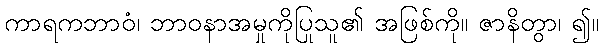
ကာရကဘာဝံ၊ ဘာဝနာအမှုကိုပြုသူ၏ အဖြစ်ကို။ ဇာနိတွာ၊ ၍။